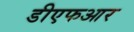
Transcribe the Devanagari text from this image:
डीएफआर